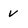
Character: v